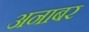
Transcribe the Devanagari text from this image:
अनाबर